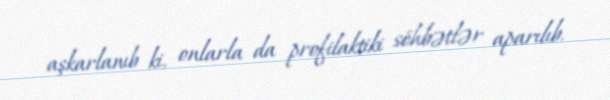
aşkarlanıb ki, onlarla da profilaktiki söhbətlər aparılıb.